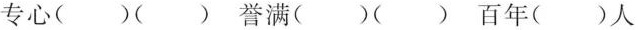
专心()()誉满()()百年()人